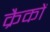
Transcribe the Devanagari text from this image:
क्रैकों